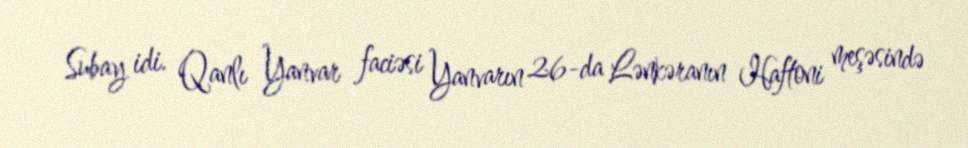
Subay idi. Qanlı Yanvar faciəsi Yanvarın 26-da Lənkəranın Haftoni meşəsində